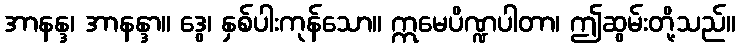
အာနန္ဒ၊ အာနန္ဒာ။ ဒွေ၊ နှစ်ပါးကုန်သော။ ဣမေပိဏ္ဍပါတာ၊ ဤဆွမ်းတို့သည်။